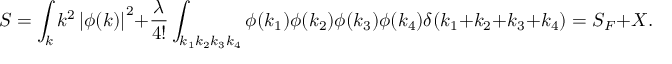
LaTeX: S = \int _ { k } k ^ { 2 } \left| \phi ( k ) \right| ^ { 2 } + { \frac { \lambda } { 4 ! } } \int _ { k _ { 1 } k _ { 2 } k _ { 3 } k _ { 4 } } \phi ( k _ { 1 } ) \phi ( k _ { 2 } ) \phi ( k _ { 3 } ) \phi ( k _ { 4 } ) \delta ( k _ { 1 } + k _ { 2 } + k _ { 3 } + k _ { 4 } ) = S _ { F } + X .